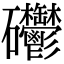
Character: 𥘄